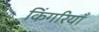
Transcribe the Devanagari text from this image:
किंगरियाँ